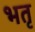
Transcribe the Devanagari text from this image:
भतृ